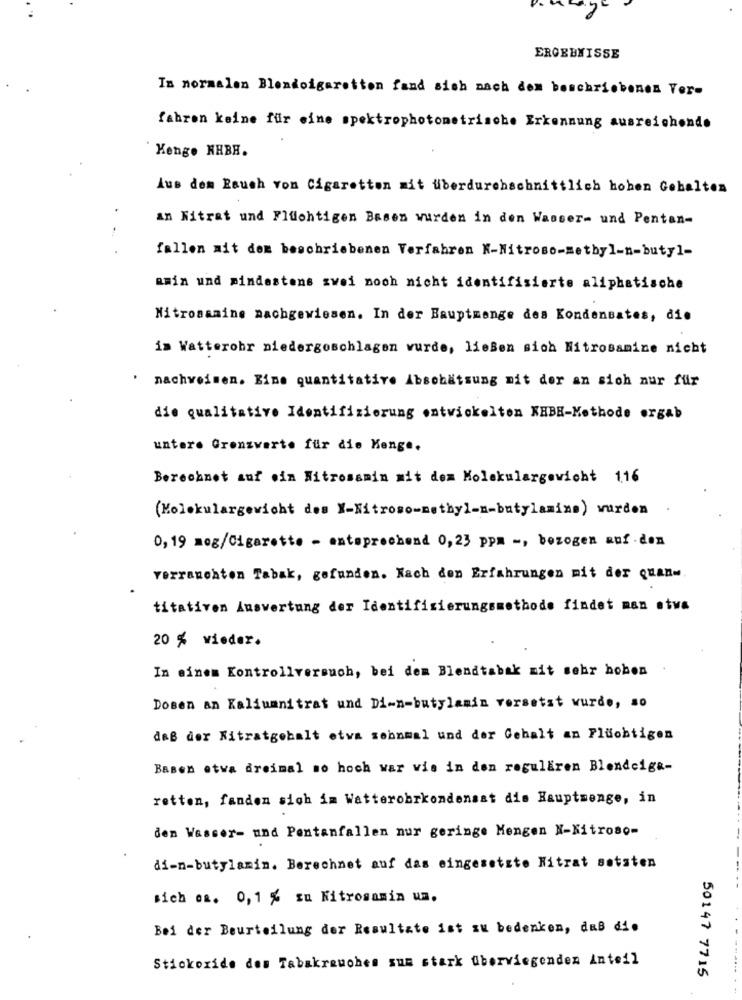
ERGEBNISSE
Im normalen Blendcigaretton fand sich nach dem beschriebenen Ver-
fahren keine für eine spektrophotometrische Erkennung ausreichende
Keng. HHBH.
Aus dem Rauch von Cigaretten mit überdurchschnittlich hohen Gehalten
an Nitrat und Flüchtigen Basen wurden in den Wasser- und Pentan-
.
fallen ait dem beschriebenen Verfahren K-Nitroso-methyl-n-butyl-
amin und mindestens zwei noch nicht identifisierte aliphatische
Nitrosamine nachgewiesen. In der Hauptmenge des Kondensates, die
im Watterohr niedergeschlagen wurde, ließen sich Nitrosamine nicht
.
nachweisen. Eine quantitative Absohatsung mit der an sich nur für
die qualitative Identifizierung entwickelten KHBE-Methode ergab
untere Grenzwerte für die Kenge.
Berechnet auf ein Nitrosamin mit dem Molekulargewicht 1.16
(Molekulargewicht des Y-Nitroso-methyl-n-butylamine) wurden
0,19 meg/Cigarette - entsprechend 0,23 ppm -, bezogen auf den
verranenten Tabak, gefunden. Nach den Erfahrungen mit der quan-
titativen Auswertung der Identifizierungsmethode findet man stva
20 % wieder.
In einem Kontrollversuch, bei dem Blendtabak mit sehr hohen
Dosen an Kaliumnitrat und Di-n-butylamin versetst wurde, so
daß der Nitratgehalt etwa sebnmal und der Gehalt an Flüchtigen
Basen etwa dreimal so hoch war wie in den regulären Blendeiga-
retten, fanden sich im Watterobrkondensat dis Hauptmenge, in
den Wasser- und Pentanfallen nur geringe Mengen N-Nitroso-
di-m-butylamin. Berechnet auf das eingesetzte Nitrat setzten
sich es. 0,1 % su Nitrosamin ua.
Bei der Beurteilung der Resultate ist zu bedenken, daß di.
Stickoxide des Tabakrewohes sum stark überwiegenden Anteil
50147 7715